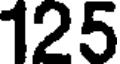
125